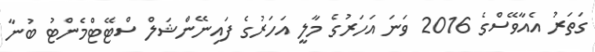
ގަތަރު އެއާވޭސްގެ 2016 ވަނަ އަހަރުގެ މާލީ އަހަރުގެ ފައިނޭންޝަލް ސްޓޭޓްމެންޓު ބުނާ